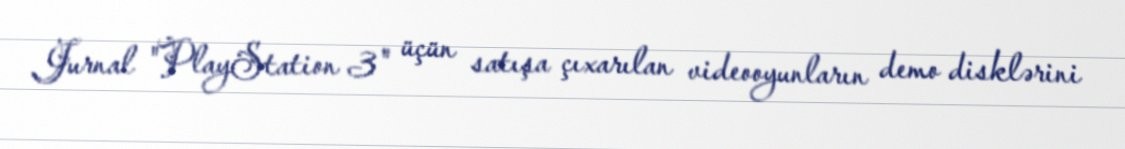
Jurnal "PlayStation 3" üçün satışa çıxarılan videooyunların demo disklərini